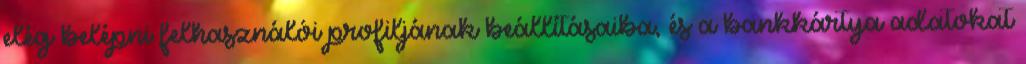
elég belépni felhasználói profiljának beállításaiba, és a bankkártya adatokat